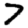
Digit: 7